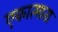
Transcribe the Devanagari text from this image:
एकात्माता